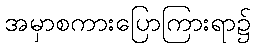
အမှာစကားပြောကြားရာ၌